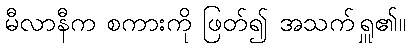
မီလာနီက စကားကို ဖြတ်၍ အသက်ရှူ၏။